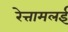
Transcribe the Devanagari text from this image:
रेत्तामलई